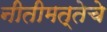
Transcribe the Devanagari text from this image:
नीतीमत्तेचे